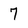
Character: 7